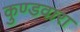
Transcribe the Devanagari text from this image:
कुण्डवारा